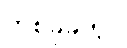
တစ်ခုခုတွင်